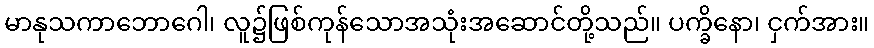
မာနုသကာဘောဂေါ၊ လူ၌ဖြစ်ကုန်သောအသုံးအဆောင်တို့သည်။ ပက္ခိနော၊ ငှက်အား။